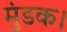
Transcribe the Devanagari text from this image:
मुंडक।